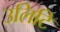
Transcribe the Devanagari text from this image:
उलिटि